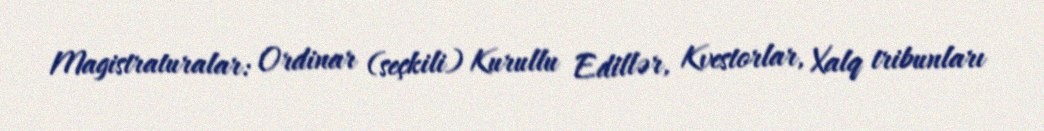
Magistraturalar: Ordinar (seçkili) Kurullu Edillər, Kvestorlar, Xalq tribunları